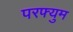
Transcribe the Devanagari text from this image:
परफ्युम